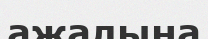
ажалына